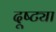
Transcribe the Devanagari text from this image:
दूष्ट्या